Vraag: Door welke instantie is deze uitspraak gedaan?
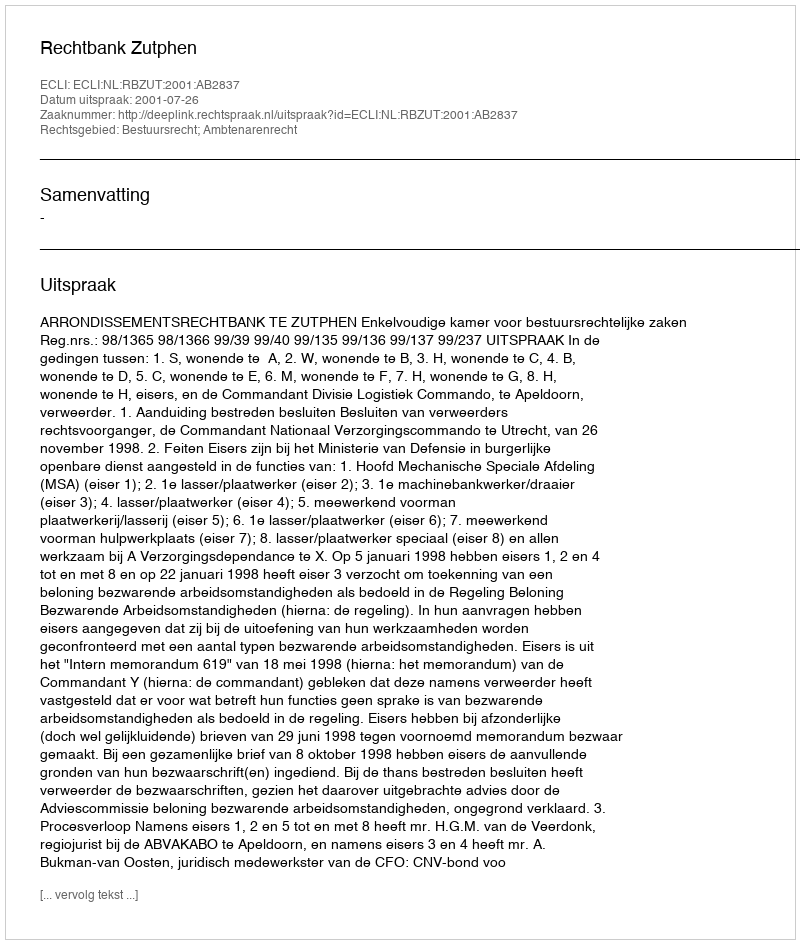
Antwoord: Rechtbank Zutphen